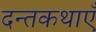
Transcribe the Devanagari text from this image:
दन्तकथाएँ